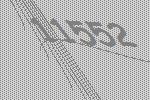
11552